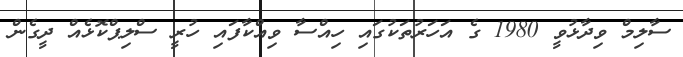
ސާލިމް ވިދާޅުވީ 1980 ގެ އަހަރުތަކުގައި ހިއްސާ ވިއްކާފައި ހުރީ ސްލިޕްކޮޅެއް ދީގެން